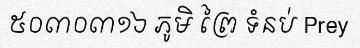
៥០៣០៣១៦ ភូមិ ព្រៃ ទំនប់ Prey